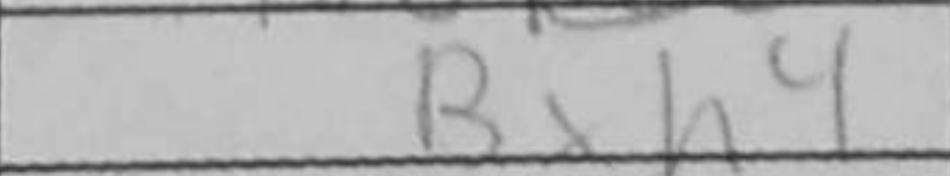
Transcription: Bxh4